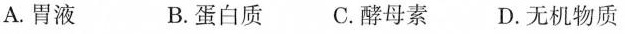
A. 胃液 B. 蛋白质 C. 酵母素 D. 无机物质